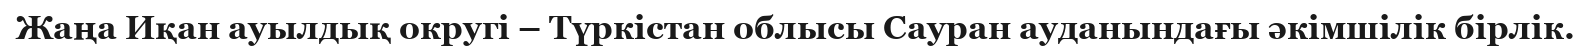
Жаңа Иқан ауылдық округі – Түркістан облысы Сауран ауданындағы әкімшілік бірлік.